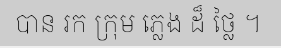
បាន រក ក្រុម ភ្លេង ដ៏ ថ្លៃ ។